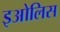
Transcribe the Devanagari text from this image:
इओलिस